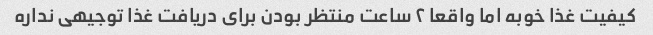
کیفیت غذا خوبه اما واقعا ۲ ساعت منتظر بودن برای دریافت غذا توجیهی نداره